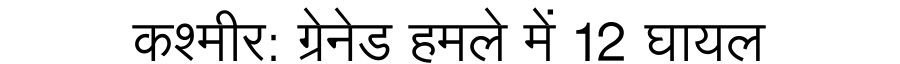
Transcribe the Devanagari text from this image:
कश्मीर: ग्रेनेड हमले में 12 घायल